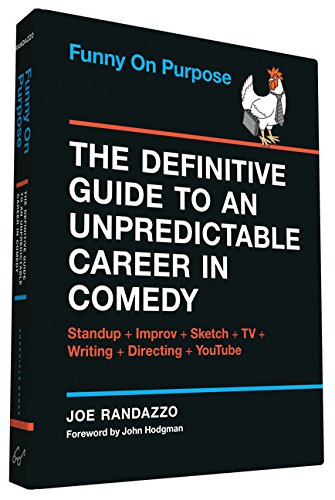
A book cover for Funny on Purpose: The Definitive Guide to an Unpredictable Career in Comedy: Standup + Improv + Sketch + TV + Writing + Directing + YouTube; Joe Randazzo; Humor & Entertainment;